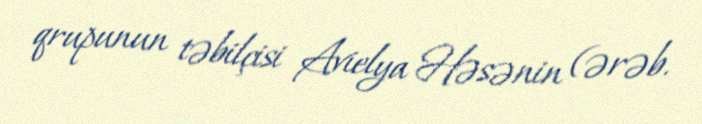
qrupunun təbilçisi Avielya Həsənin (ərəb.